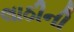
લાઠીની